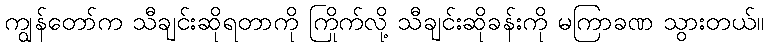
ကျွန်တော်က သီချင်းဆိုရတာကို ကြိုက်လို့ သီချင်းဆိုခန်းကို မကြာခဏ သွားတယ်။